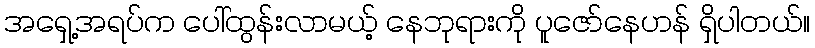
အရှေ့အရပ်က ပေါ်ထွန်းလာမယ့် နေဘုရားကို ပူဇော်နေဟန် ရှိပါတယ်။